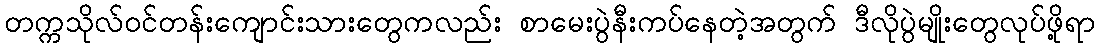
တက္ကသိုလ်ဝင်တန်းကျောင်းသားတွေကလည်း စာမေးပွဲနီးကပ်နေတဲ့အတွက် ဒီလိုပွဲမျိုးတွေလုပ်ဖို့ရာ